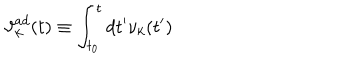
{ \vartheta } _ { k } ^ { a d } ( t ) \equiv \int _ { t _ { 0 } } ^ { t } d t ^ { \prime } { \nu } _ { k } ( t ^ { \prime } )